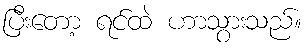
ပြီးတော့ ရင်ထဲ ဟာသွားသည်။